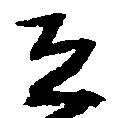
恐